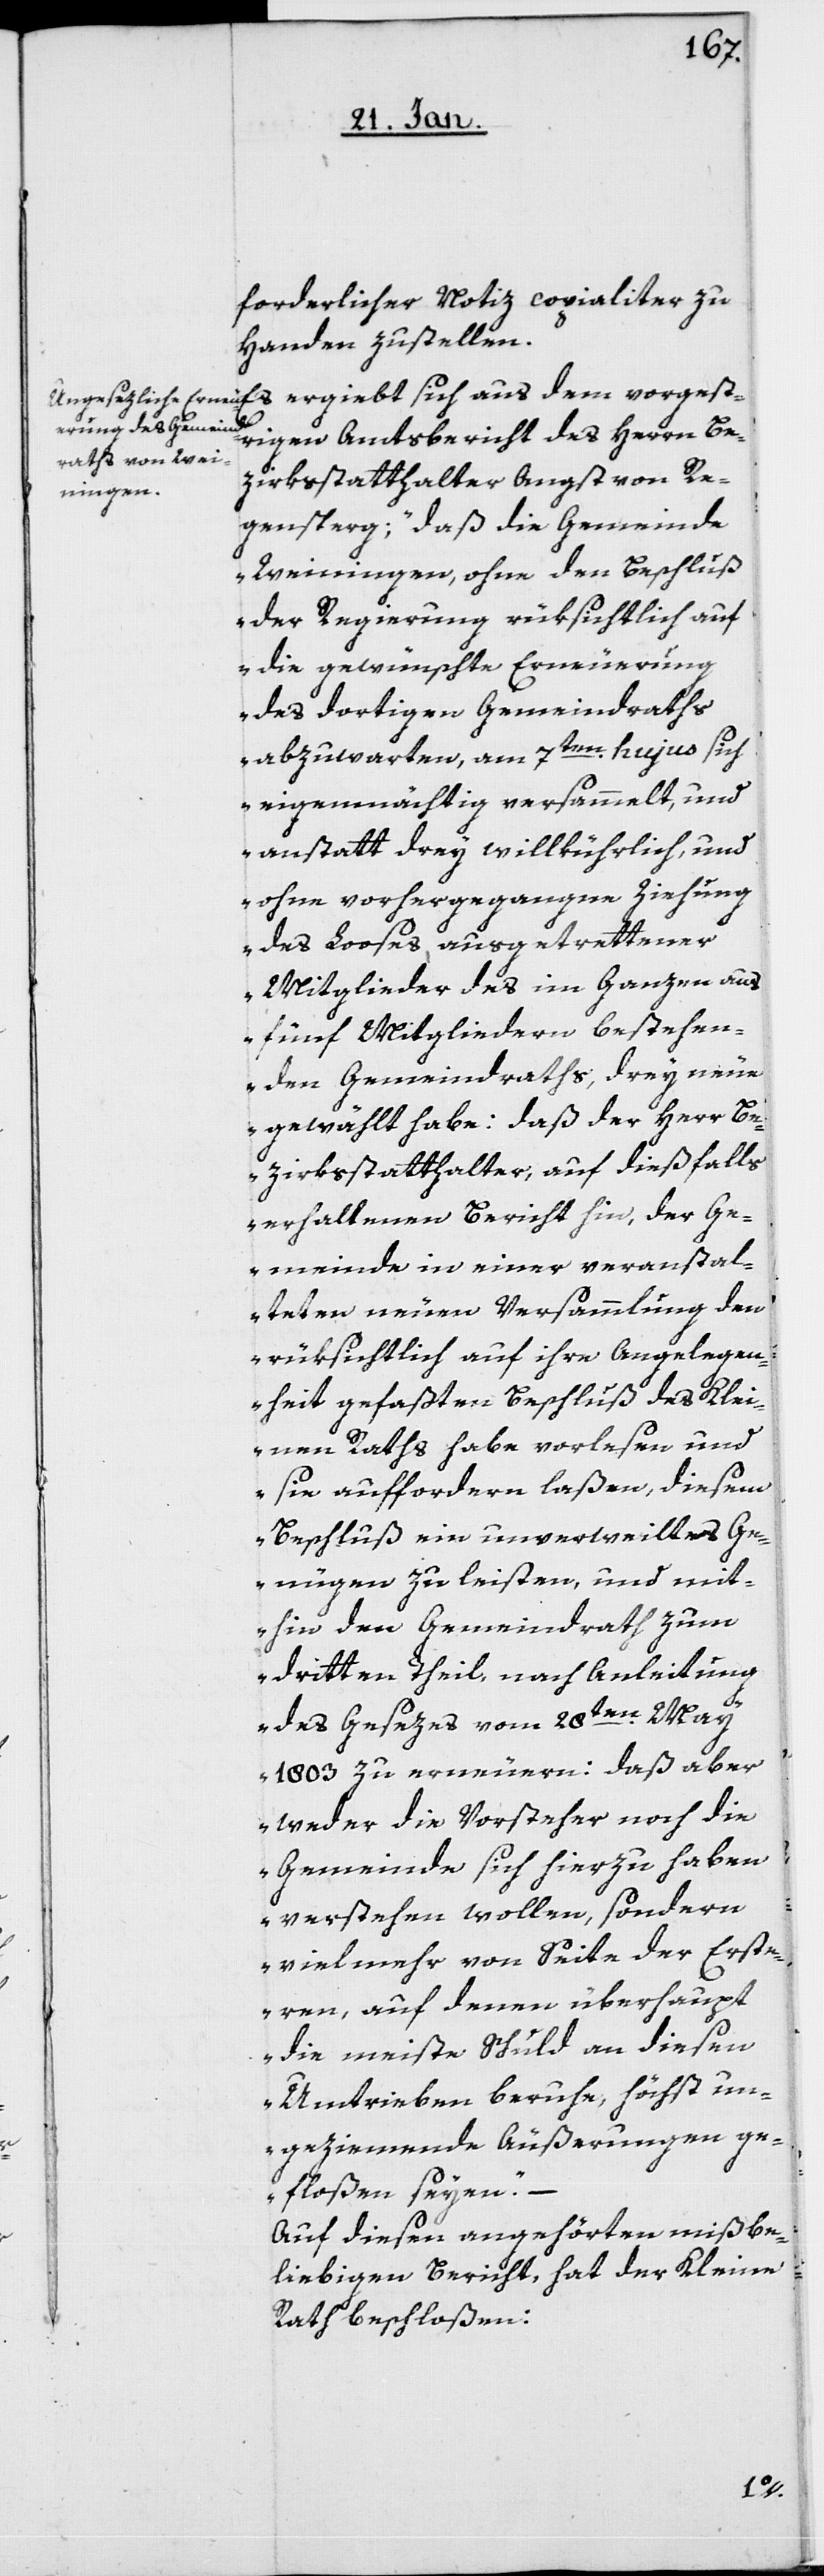
forderlicher Notiz copialiter zu
Handen zustellen.
trigen Amtsbericht des Herrn Be¬
zirksstatthalter Angst von Re¬
gensperg: „daß die Gemeinde
Weiningen, ohne den Beschluß
der Regierung rücksichtlich auf
die gewünschte Erneuerung
des dortigen Gemeindraths
abzuwarten, am 7ten. hujus sich
eigenmächtig versammelt und
anstatt drey willkührlich, und
ohne vorhergegangne Ziehung
des Looses ausgetrettener
Mitglieder des im Ganzen aus
fünf Mitgliedern bestehen¬
den Gemeindraths drey neue
gewählt habe: daß der Herr Be¬
zirksstatthalter auf dießfalls
erhaltenen Bericht hin, der Ge¬
meinde in einer veranstal¬
teten neuen Versammlung den
rücksichtlich auf ihre Angelegen¬
heit gefaßten Beschluß des Klei¬
nen Raths habe vorlesen und
sie auffordern laßen, diesem
Beschluß ein unverweiltes Ge¬
nügen zu leisten, und mit¬
hin den Gemeindrath zum
dritten Theil, nach Anleitung
ges¬
des Gesezes vom 28sten. May
1803 zu erneuern: daß aber
weder die Vorsteher noch die
Gemeinde sich hierzu haben
verstehen wollen, sondern
vielmehr von Seite der Erste¬
ren, auf denen überhaupt
die meiste Schuld an diesen
Umtrieben beruhe, höchst un¬
geziemende Äußerungen ge¬
floßen seyen“.
Auf diesen angehörten mißbe¬
liebigen Bericht, hat der Kleine
Rath beschloßen: